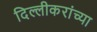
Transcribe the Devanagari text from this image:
दिल्लीकरांच्या